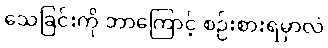
သေခြင်းကို ဘာကြောင့် စဉ်းစားရမှာလဲ